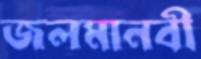
জলমানবী